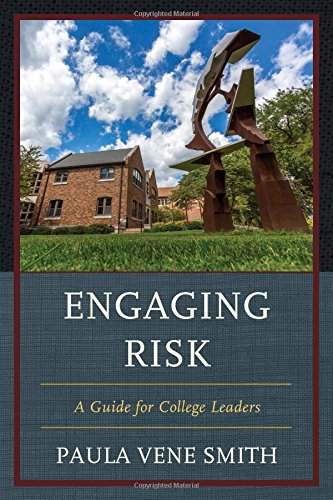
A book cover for Engaging Risk: A Guide for College Leaders; Paula Vene Smith; Education & Teaching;